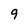
Character: 9